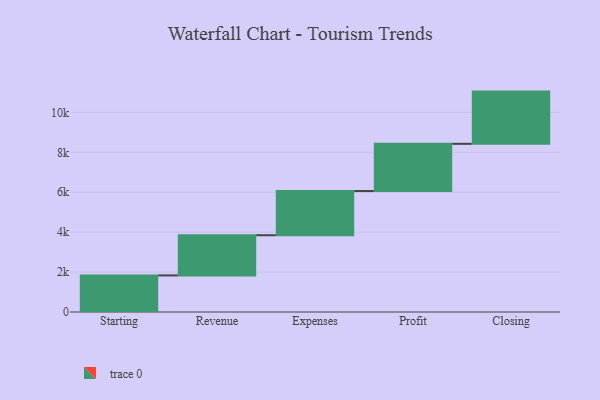
{"axis": {"x": "Step", "y": "Value"}, "legend": [""], "data": [{"x": "Starting", "y": 1833.0, "type": ""}, {"x": "Revenue", "y": 2013.0, "type": ""}, {"x": "Expenses", "y": 2214.0, "type": ""}, {"x": "Profit", "y": 2366.0, "type": ""}, {"x": "Closing", "y": 2616.0, "type": ""}]}